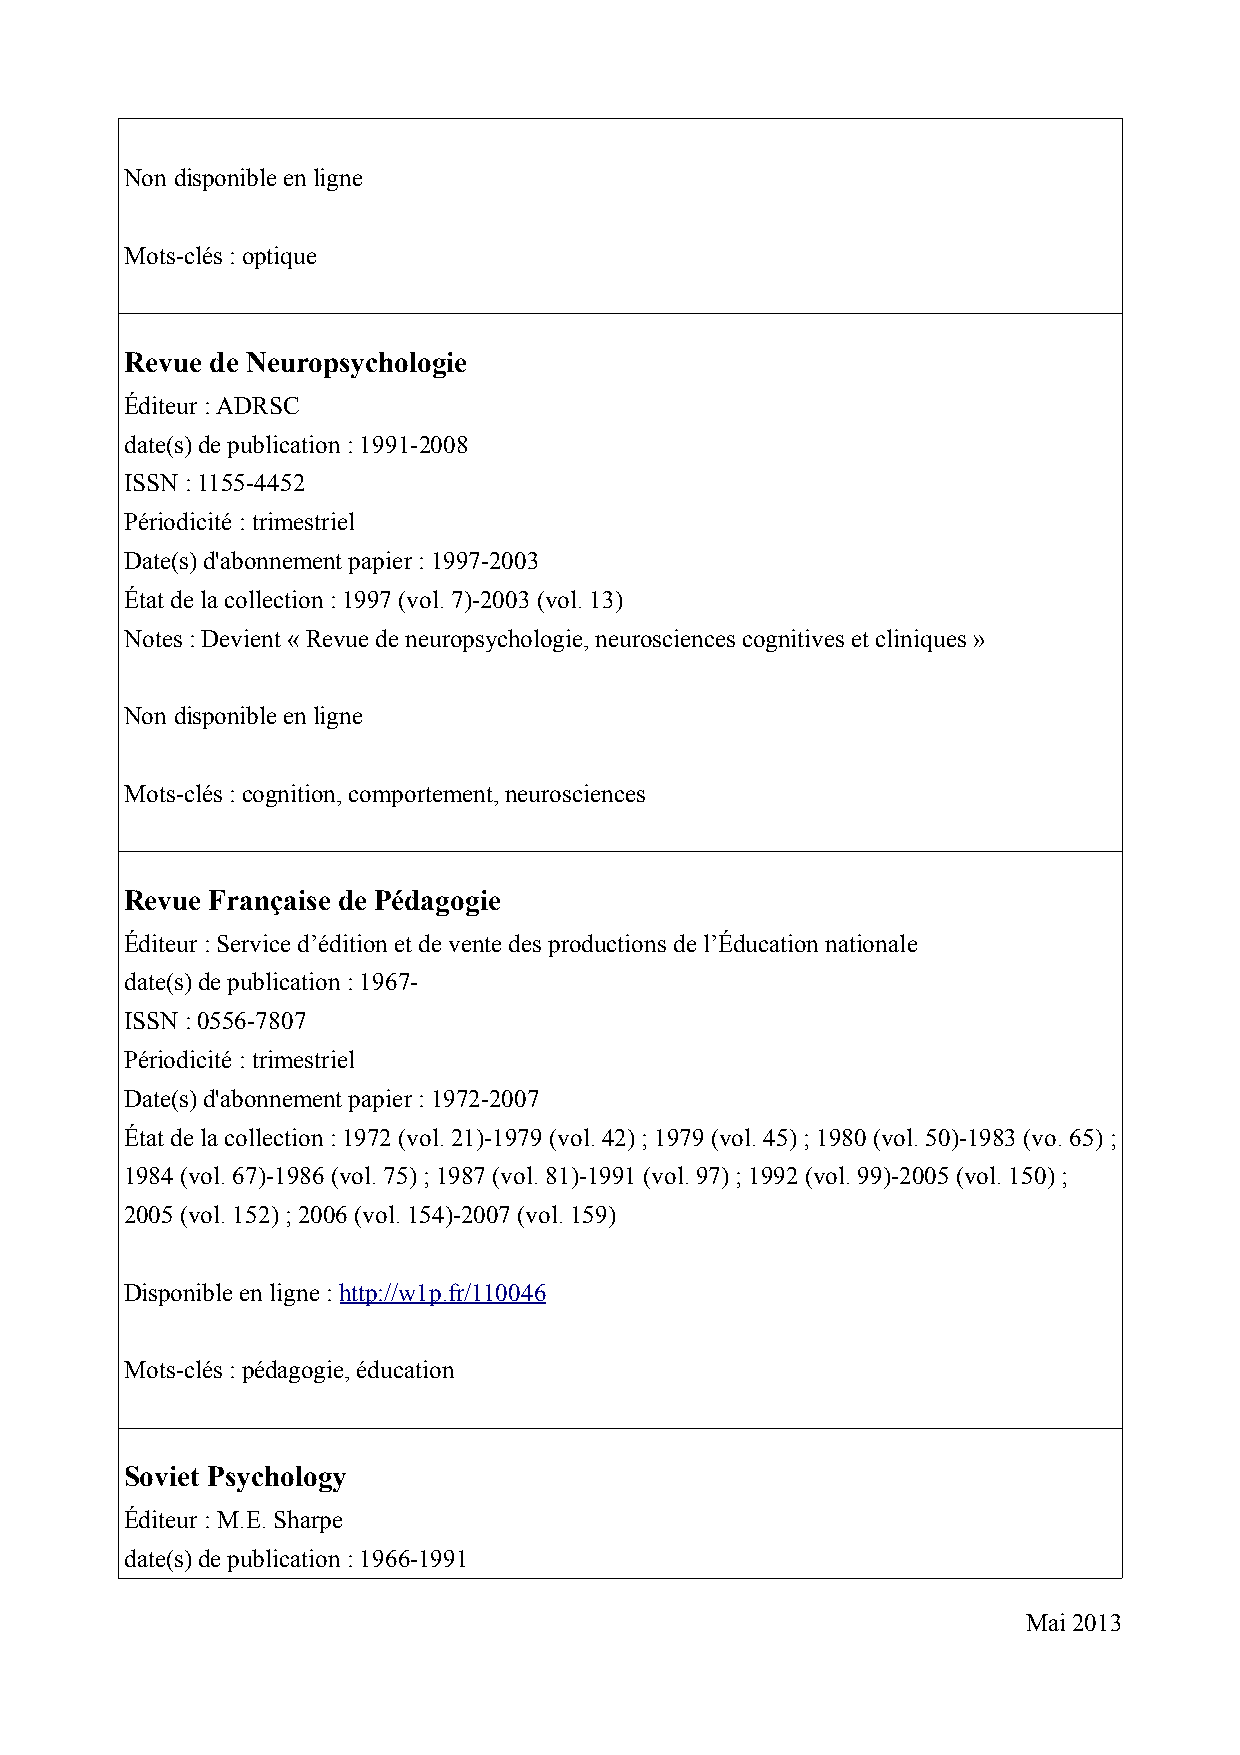
Non disponible en ligne
 Mots-clés : optique
 Revue de Neuropsychologie
 Éditeur : ADRSC
 date(s) de publication : 1991-2008
 ISSN : 1155-4452
 Périodicité : trimestriel
 Date(s) d'abonnement papier : 1997-2003
 État de la collection : 1997 (vol. 7)-2003 (vol. 13)
 Notes : Devient « Revue de neuropsychologie, neurosciences cognitives et cliniques »
 Non disponible en ligne
 Mots-clés : cognition, comportement, neurosciences
 Revue Française de Pédagogie
 Éditeur : Service d’édition et de vente des productions de l’Éducation nationale
 date(s) de publication : 1967-
 ISSN : 0556-7807
 Périodicité : trimestriel
 Date(s) d'abonnement papier : 1972-2007
 État de la collection : 1972 (vol. 21)-1979 (vol. 42) ; 1979 (vol. 45) ; 1980 (vol. 50)-1983 (vo. 65) ;
 1984 (vol. 67)-1986 (vol. 75) ; 1987 (vol. 81)-1991 (vol. 97) ; 1992 (vol. 99)-2005 (vol. 150) ;
 2005 (vol. 152) ; 2006 (vol. 154)-2007 (vol. 159)
 Disponible en ligne : http://w1p.fr/110046
 Mots-clés : pédagogie, éducation
 Soviet Psychology
 Éditeur : M.E. Sharpe
 date(s) de publication : 1966-1991
 Mai 2013